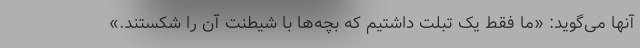
آنها می‌گوید: «ما فقط یک تبلت داشتیم که بچه‌ها با شیطنت آن را شکستند.»